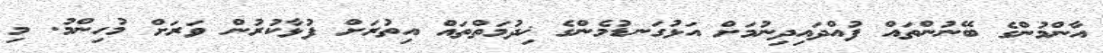
އާންމުންގެ ބޭނުންތައް ފުއްދައިދިނުމަށް އަޅުގަނޑުމެންގެ ޚިދުމަތްތައް އިތުރަށް ފުޅާކުރުން ވަރަށް މުހިންމު. މި